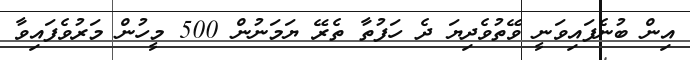
އިން ބުނެފައިވަނީ ވޭތުވެދިޔަ ދެ ހަފުތާ ތެރޭ ޔަމަނުން 500 މީހުން މަރުވެފައިވާ